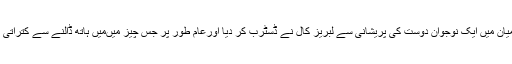
اس پر ایک کہانی لکھ رہی تھی کہ درمیان میں ایک نوجوان دوست کی پریشانی سے لبریز کال نے ڈسٹرب کر دیا اورعام طور پر جس چیز میںمیں ہاتھ ڈالنے سے کتراتی ہوںاسی میں چھلانگ لگا نے کا سوچا ۔